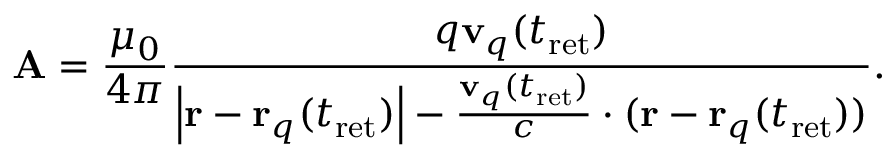
\mathbf { A } = { \frac { \mu _ { 0 } } { 4 \pi } } { \frac { q \mathbf { v } _ { q } ( t _ { \mathrm { { r e t } } } ) } { \left| \mathbf { r } - \mathbf { r } _ { q } ( t _ { \mathrm { { r e t } } } ) \right| - { \frac { \mathbf { v } _ { q } ( t _ { \mathrm { { r e t } } } ) } { c } } \cdot ( \mathbf { r } - \mathbf { r } _ { q } ( t _ { \mathrm { { r e t } } } ) ) } } .